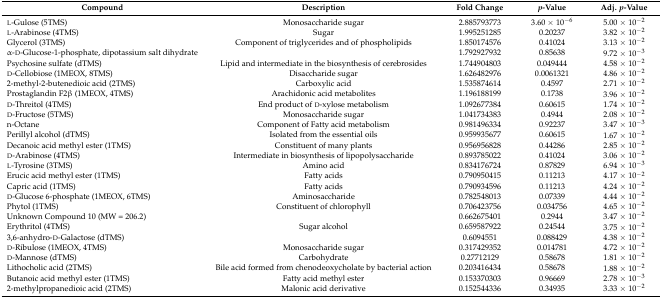
<table><thead><tr><td><b>Compound</b></td><td><b>Description</b></td><td><b>Fold Change</b></td><td><b><i>p</i>-Value</b></td><td><b>Adj. <i>p</i>-Value</b></td></tr></thead><tbody><tr><td>l-Gulose (5TMS)</td><td>Monosaccharide sugar</td><td>2.885793773</td><td>3.60 × 10<sup>−6</sup></td><td>5.00 × 10<sup>−2</sup></td></tr><tr><td>l-Arabinose (4TMS)</td><td>Sugar</td><td>1.995251285</td><td>0.20237</td><td>3.82 × 10<sup>−2</sup></td></tr><tr><td>Glycerol (3TMS)</td><td>Component of triglycerides and of phospholipids</td><td>1.850174576</td><td>0.41024</td><td>3.13 × 10<sup>−2</sup></td></tr><tr><td>α-d-Glucose-1-phosphate, dipotassium salt dihydrate</td><td></td><td>1.792927932</td><td>0.85638</td><td>9.72 × 10<sup>−3</sup></td></tr><tr><td>Psychosine sulfate (dTMS)</td><td>Lipid and intermediate in the biosynthesis of cerebrosides</td><td>1.744904803</td><td>0.049444</td><td>4.58 × 10<sup>−2</sup></td></tr><tr><td>d-Cellobiose (1MEOX, 8TMS)</td><td>Disaccharide sugar</td><td>1.626482976</td><td>0.0061321</td><td>4.86 × 10<sup>−2</sup></td></tr><tr><td>2-methyl-2-butenedioic acid (2TMS)</td><td>Carboxylic acid</td><td>1.535874614</td><td>0.4597</td><td>2.71 × 10<sup>−2</sup></td></tr><tr><td>Prostaglandin F2β (1MEOX, 4TMS)</td><td>Arachidonic acid metabolites</td><td>1.196188199</td><td>0.1738</td><td>3.96 × 10<sup>−2</sup></td></tr><tr><td>d-Threitol (4TMS)</td><td>End product of d-xylose metabolism</td><td>1.092677384</td><td>0.60615</td><td>1.74 × 10<sup>−2</sup></td></tr><tr><td>d-Fructose (5TMS)</td><td>Monosaccharide sugar</td><td>1.041734383</td><td>0.4944</td><td>2.08 × 10<sup>−2</sup></td></tr><tr><td>n-Octane</td><td>Component of Fatty acid metabolism</td><td>0.981496334</td><td>0.92237</td><td>3.47 × 10<sup>−3</sup></td></tr><tr><td>Perillyl alcohol (dTMS)</td><td>Isolated from the essential oils</td><td>0.959935677</td><td>0.60615</td><td>1.67 × 10<sup>−2</sup></td></tr><tr><td>Decanoic acid methyl ester (1TMS)</td><td>Constituent of many plants</td><td>0.956956828</td><td>0.44286</td><td>2.85 × 10<sup>−2</sup></td></tr><tr><td>d-Arabinose (4TMS)</td><td>Intermediate in biosynthesis of lipopolysaccharide</td><td>0.893785022</td><td>0.41024</td><td>3.06 × 10<sup>−2</sup></td></tr><tr><td>l-Tyrosine (3TMS)</td><td>Amino acid</td><td>0.834176724</td><td>0.87829</td><td>6.94 × 10<sup>−3</sup></td></tr><tr><td>Erucic acid methyl ester (1TMS)</td><td>Fatty acids</td><td>0.790950415</td><td>0.11213</td><td>4.17 × 10<sup>−2</sup></td></tr><tr><td>Capric acid (1TMS)</td><td>Fatty acids</td><td>0.790934596</td><td>0.11213</td><td>4.24 × 10<sup>−2</sup></td></tr><tr><td>d-Glucose 6-phosphate (1MEOX, 6TMS)</td><td>Aminosaccharide</td><td>0.782548013</td><td>0.07339</td><td>4.44 × 10<sup>−2</sup></td></tr><tr><td>Phytol (1TMS)</td><td>Constituent of chlorophyll</td><td>0.706423756</td><td>0.034756</td><td>4.65 × 10<sup>−2</sup></td></tr><tr><td>Unknown Compound 10 (MW = 206.2)</td><td></td><td>0.662675401</td><td>0.2944</td><td>3.47 × 10<sup>−2</sup></td></tr><tr><td>Erythritol (4TMS)</td><td>Sugar alcohol</td><td>0.659587922</td><td>0.24544</td><td>3.75 × 10<sup>−2</sup></td></tr><tr><td>3,6-anhydro-d-Galactose (dTMS)</td><td></td><td>0.6094551</td><td>0.088429</td><td>4.38 × 10<sup>−2</sup></td></tr><tr><td>d-Ribulose (1MEOX, 4TMS)</td><td>Monosaccharide sugar</td><td>0.317429352</td><td>0.014781</td><td>4.72 × 10<sup>−2</sup></td></tr><tr><td>d-Mannose (dTMS)</td><td>Carbohydrate</td><td>0.27712129</td><td>0.58678</td><td>1.81 × 10<sup>−2</sup></td></tr><tr><td>Lithocholic acid (2TMS)</td><td>Bile acid formed from chenodeoxycholate by bacterial action</td><td>0.203416434</td><td>0.58678</td><td>1.88 × 10<sup>−2</sup></td></tr><tr><td>Butanoic acid methyl ester (1TMS)</td><td>Fatty acid methyl ester</td><td>0.153370303</td><td>0.96669</td><td>2.78 × 10<sup>−3</sup></td></tr><tr><td>2-methylpropanedioic acid (2TMS)</td><td>Malonic acid derivative</td><td>0.152544336</td><td>0.34935</td><td>3.33 × 10<sup>−2</sup></td></tr></tbody></table>